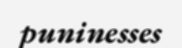
puninesses